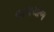
લાલચોળ